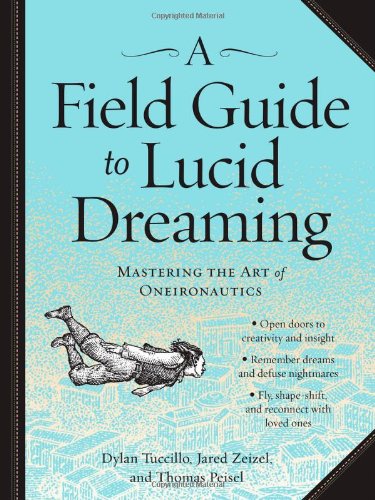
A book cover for A Field Guide to Lucid Dreaming: Mastering the Art of Oneironautics; Dylan Tuccillo; Self-Help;